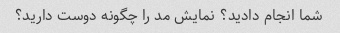
شما انجام دادید؟ نمایش مد را چگونه دوست دارید؟